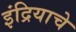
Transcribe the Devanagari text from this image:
इंद्रियाचे